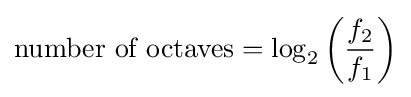
{\text{number of octaves}}=\log _{2}\left({\frac {f_{2}}{f_{1}}}\right)